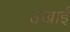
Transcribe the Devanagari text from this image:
उखाई